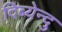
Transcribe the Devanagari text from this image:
दिब्येन्दु